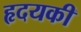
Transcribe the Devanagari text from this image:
हृदयकी